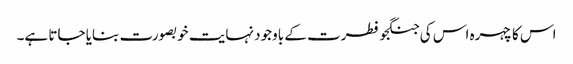
اس کا چہرہ اس کی جنگجو فطرت کے باوجود نہایت خوبصورت بنایا جاتا ہے۔